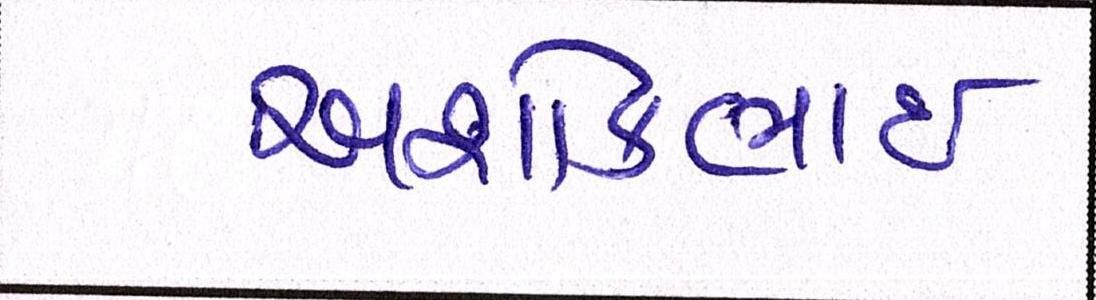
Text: અશોકભાઇ